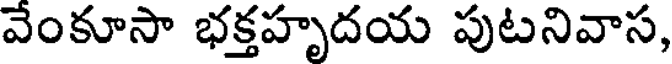
వేంకూసా భక్తహృదయ పుటనివాస,